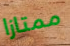
ممتازا